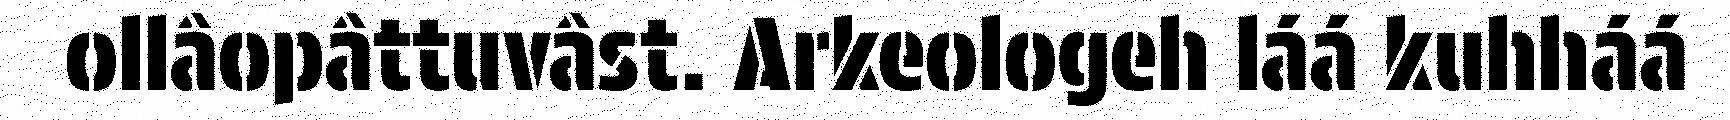
ollâopâttuvâst. Arkeologeh láá kuhháá